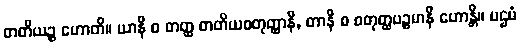
တတိယဉ္စ ဟောတိ။ ယာနိ စ တတ္ထ တတိယစတုတ္ထာနိ, တာနိ စ စတုတ္ထပဉ္စမာနိ ဟောန္တိ။ ပဌမံ